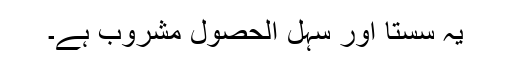
یہ سستا اور سہل الحصول مشروب ہے۔